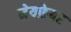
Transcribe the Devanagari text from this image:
मेयफ़ेयर